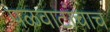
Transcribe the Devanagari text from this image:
पळवाटांचाच